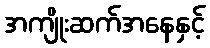
အကျိုးဆက်အနေနှင့်